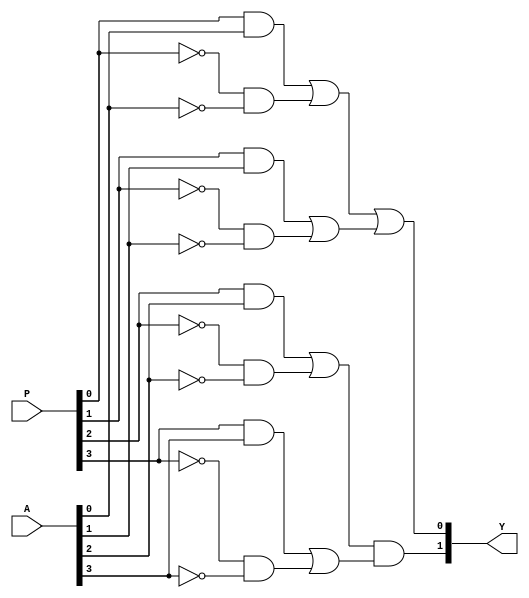
module jewel_pal (
    input wire [3:0] A,     // Input: A1, A2, A3, A4
    input wire [3:0] P,     // Programmable select lines for AND array
    output wire [1:0] Y      // Output: Y1, Y2
);

// Intermediate signals for product terms
wire [3:0] product_terms;

// AND array (programmed with P)
// Each product term can be programmed using P
assign product_terms[0] = (P[0] & A[0]) | (~P[0] & ~A[0]); // P0: A1
assign product_terms[1] = (P[1] & A[1]) | (~P[1] & ~A[1]); // P1: A2
assign product_terms[2] = (P[2] & A[2]) | (~P[2] & ~A[2]); // P2: A3
assign product_terms[3] = (P[3] & A[3]) | (~P[3] & ~A[3]); // P3: A4

// OR array (fixed)
assign Y[0] = product_terms[0] | product_terms[1]; // Y1 = P0 OR P1
assign Y[1] = product_terms[2] & product_terms[3]; // Y2 = P2 AND P3

endmodule